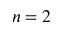
n = 2